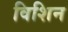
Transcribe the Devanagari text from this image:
विशिन